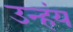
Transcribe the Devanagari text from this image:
उन्हंय